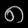
Digit: ၈